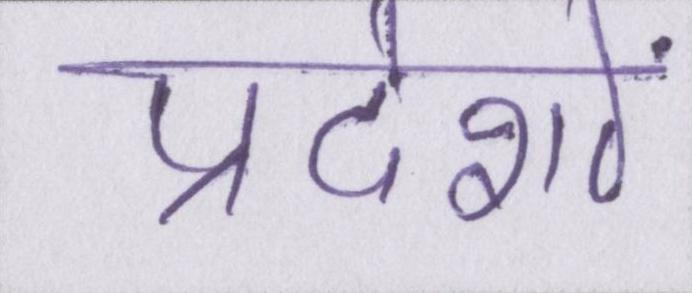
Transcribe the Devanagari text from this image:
प्रदेशों